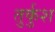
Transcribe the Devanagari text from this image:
तुर्कुश